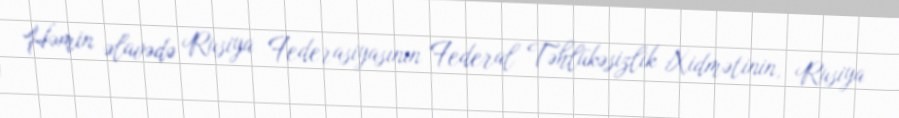
Həmin əlavədə Rusiya Federasiyasının Federal Təhlükəsizlik Xidmətinin, Rusiya